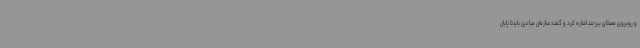
و روبروی مصلای بیرجند اشاره کرد و گفت: سازمان میادین بایدتا پایان